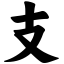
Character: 支